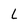
Character: l